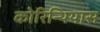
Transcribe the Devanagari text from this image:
कोरिन्थियास